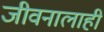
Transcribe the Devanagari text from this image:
जीवनालाही